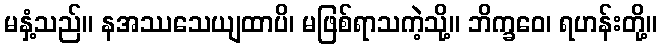
မနှံ့သည်။ နအဿသေယျထာပိ၊ မဖြစ်ရာသကဲ့သို့။ ဘိက္ခဝေ၊ ရဟန်းတို့။